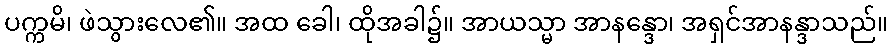
ပက္ကမိ၊ ဖဲသွားလေ၏။ အထ ခေါ၊ ထိုအခါ၌။ အာယသ္မာ အာနန္ဒော၊ အရှင်အာနန္ဒာသည်။